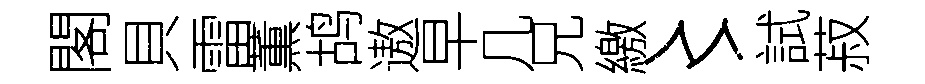
閣貝雷薫鸪遨早几兄繳〻試菽